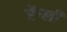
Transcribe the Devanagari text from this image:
ऐंग्ली